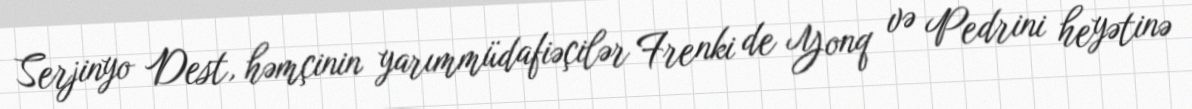
Serjinyo Dest, həmçinin yarımmüdafiəçilər Frenki de Yonq və Pedrini heyətinə